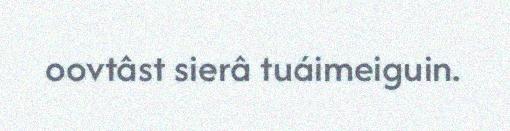
oovtâst sierâ tuáimeiguin.